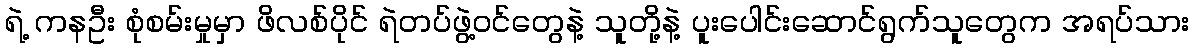
ရဲ့ ကနဦး စုံစမ်းမှုမှာ ဖိလစ်ပိုင် ရဲတပ်ဖွဲ့ဝင်တွေနဲ့ သူတို့နဲ့ ပူးပေါင်းဆောင်ရွက်သူတွေက အရပ်သား